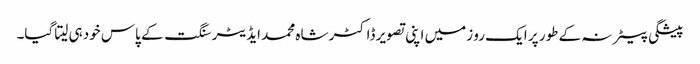
پیشگی بیعانہ کے طور پر ایک رو زمیں اپنی تصویر ڈاکٹر شاہ محمد ایڈیٹر سنگت کے پاس خودہی لیتا گیا۔